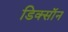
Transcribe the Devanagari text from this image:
डिक्साॅन